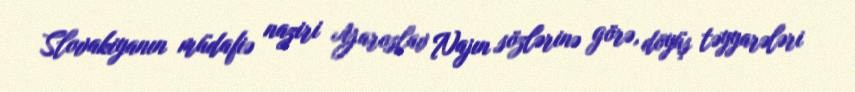
Slovakiyanın müdafiə naziri Yaroslav Najın sözlərinə görə, döyüş təyyarələri